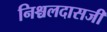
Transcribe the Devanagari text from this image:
निश्चलदासजी